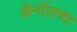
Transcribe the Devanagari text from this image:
कॅनॉलचा